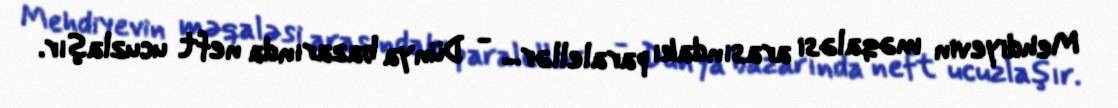
Mehdiyevin məqaləsi arasındakı paralellər... - Dünya bazarında neft ucuzlaşır.